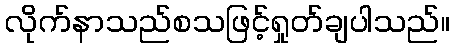
လိုက်နာသည်စသဖြင့်ရှုတ်ချပါသည်။